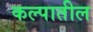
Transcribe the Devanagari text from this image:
कल्पातील